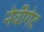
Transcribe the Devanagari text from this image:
नेवीगेट